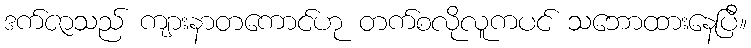
ဒက်ဇာသည် ကျားနာတကောင်ဟု တက်စလိုလူကပင် သဘောထားနေပြီ။